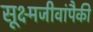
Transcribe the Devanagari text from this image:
सूक्ष्मजीवांपैकी